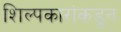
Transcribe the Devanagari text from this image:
शिल्पकारांकडून